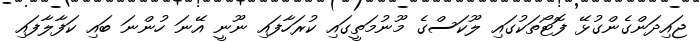
ޖައިދަންގެންގުޅޭ ފޮޓޯތަކުގައި ލޫކަސްގެ މޫނުމަތީގައި ކުރަހާފައި ނޫނީ އޭނަ ހުންނަ ބައި ކަފާލާފައި